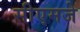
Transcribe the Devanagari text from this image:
सीएमजे